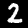
Label: 2